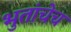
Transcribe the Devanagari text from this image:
भुतांचेच